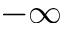
- \infty